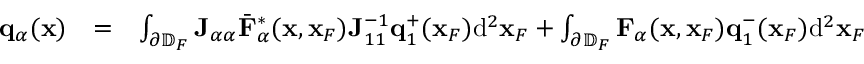
\begin{array} { r l r } { { \bf q } _ { \alpha } ( { \bf x } ) } & { = } & { \int _ { \partial \mathbb { D } _ { F } } { \bf J } _ { \alpha \alpha } { { \bar { \bf F } } } _ { \alpha } ^ { * } ( { \bf x } , { \bf x } _ { F } ) { \bf J } _ { 1 1 } ^ { - 1 } { \bf q } _ { 1 } ^ { + } ( { \bf x } _ { F } ) \mathrm { d } ^ { 2 } { \bf x } _ { F } + \int _ { \partial \mathbb { D } _ { F } } { \bf F } _ { \alpha } ( { \bf x } , { \bf x } _ { F } ) { \bf q } _ { 1 } ^ { - } ( { \bf x } _ { F } ) \mathrm { d } ^ { 2 } { \bf x } _ { F } } \end{array}